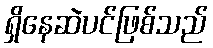
ရှိနေဆဲပင်ဖြစ်သည်